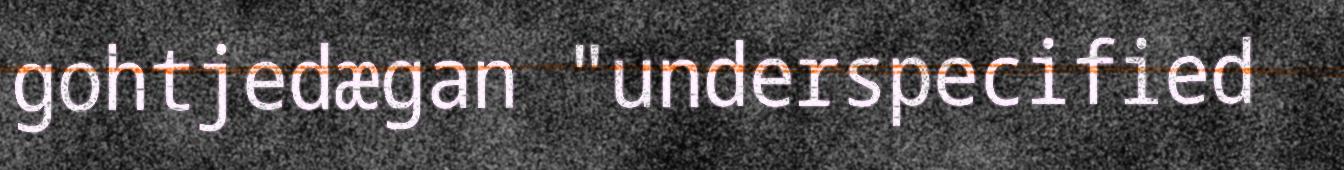
gohtjedægan "underspecified